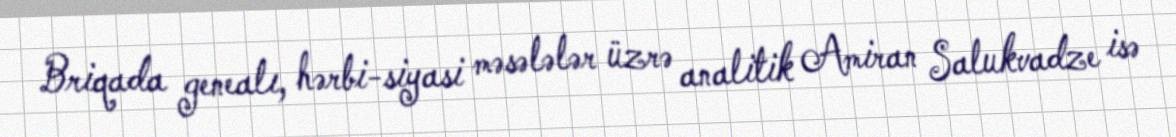
Briqada genealı, hərbi-siyasi məsələlər üzrə analitik Amiran Salukvadze isə